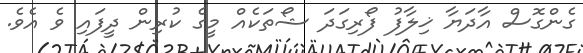
ގެންގޮސް އާދަޔާ ޚިލާފު ފޯރިގަދަ ޝޯތަކެއް މީގެ ކުރިން ދީފައި ވެ އެވެ.